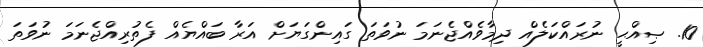
10. ޞިއްޙީ ނުރައްކަލެއް ދިމާވެއްޖެނަމަ ނުވަތަ ގައިންގަޔަށް އަރާ ބައްޔެއް ފެތުރިއްޖެނަމަ ނުވަތަ